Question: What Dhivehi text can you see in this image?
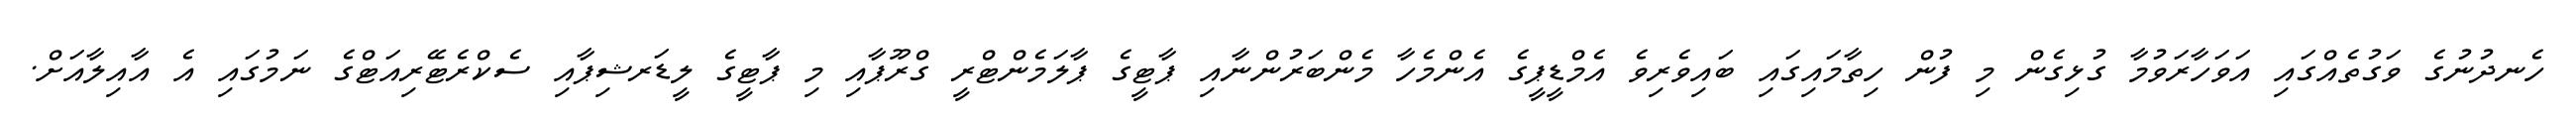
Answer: ހެނދުނުގެ ވަގުތެއްގައި އަވަހާރަވުމާ ގުޅިގެން މި ފުން ހިތާމައިގައި ބައިވެރިވެ އެމްޑީޕީގެ އެންމެހާ މެންބަރުންނާއި ޕާޓީގެ ޕާލަމެންޓްރީ ގްރޫޕާއި މި ޕާޓީގެ ލީޑަރޝިޕާއި ސެކްރެޓޭރިއަޓްގެ ނަމުގައި އެ އާއިލާއަށް.